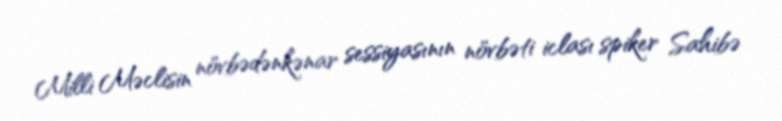
Milli Məclisin növbədənkənar sessiyasının növbəti iclası spiker Sahibə